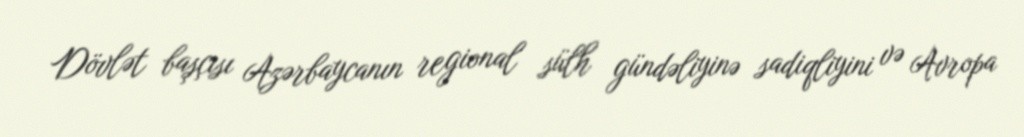
Dövlət başçısı Azərbaycanın regional sülh gündəliyinə sadiqliyini və Avropa